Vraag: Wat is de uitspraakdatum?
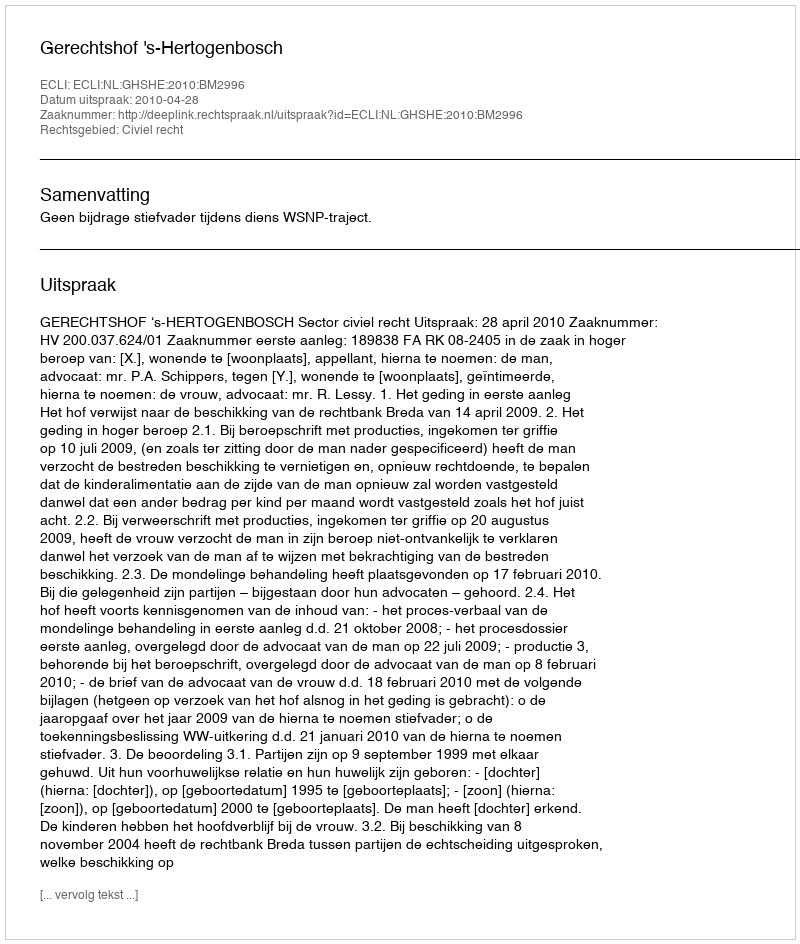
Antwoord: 2010-04-28